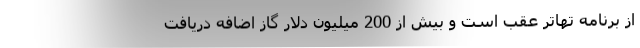
از برنامه تهاتر عقب است و بیش از 200 میلیون دلار گاز اضافه دریافت